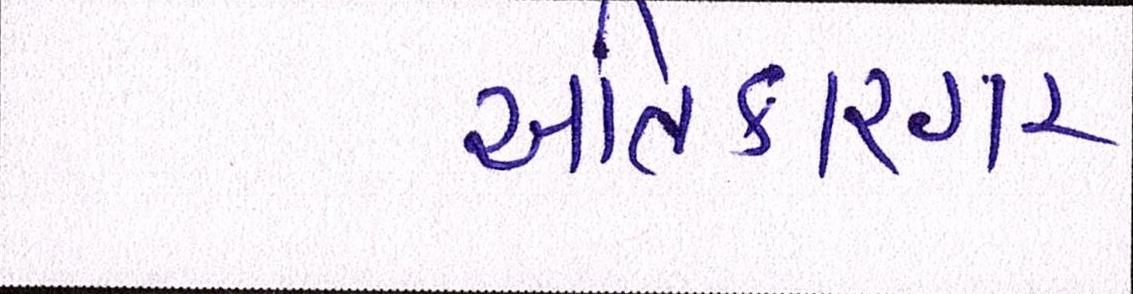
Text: અતિકારગર